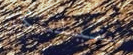
ستيلسكن